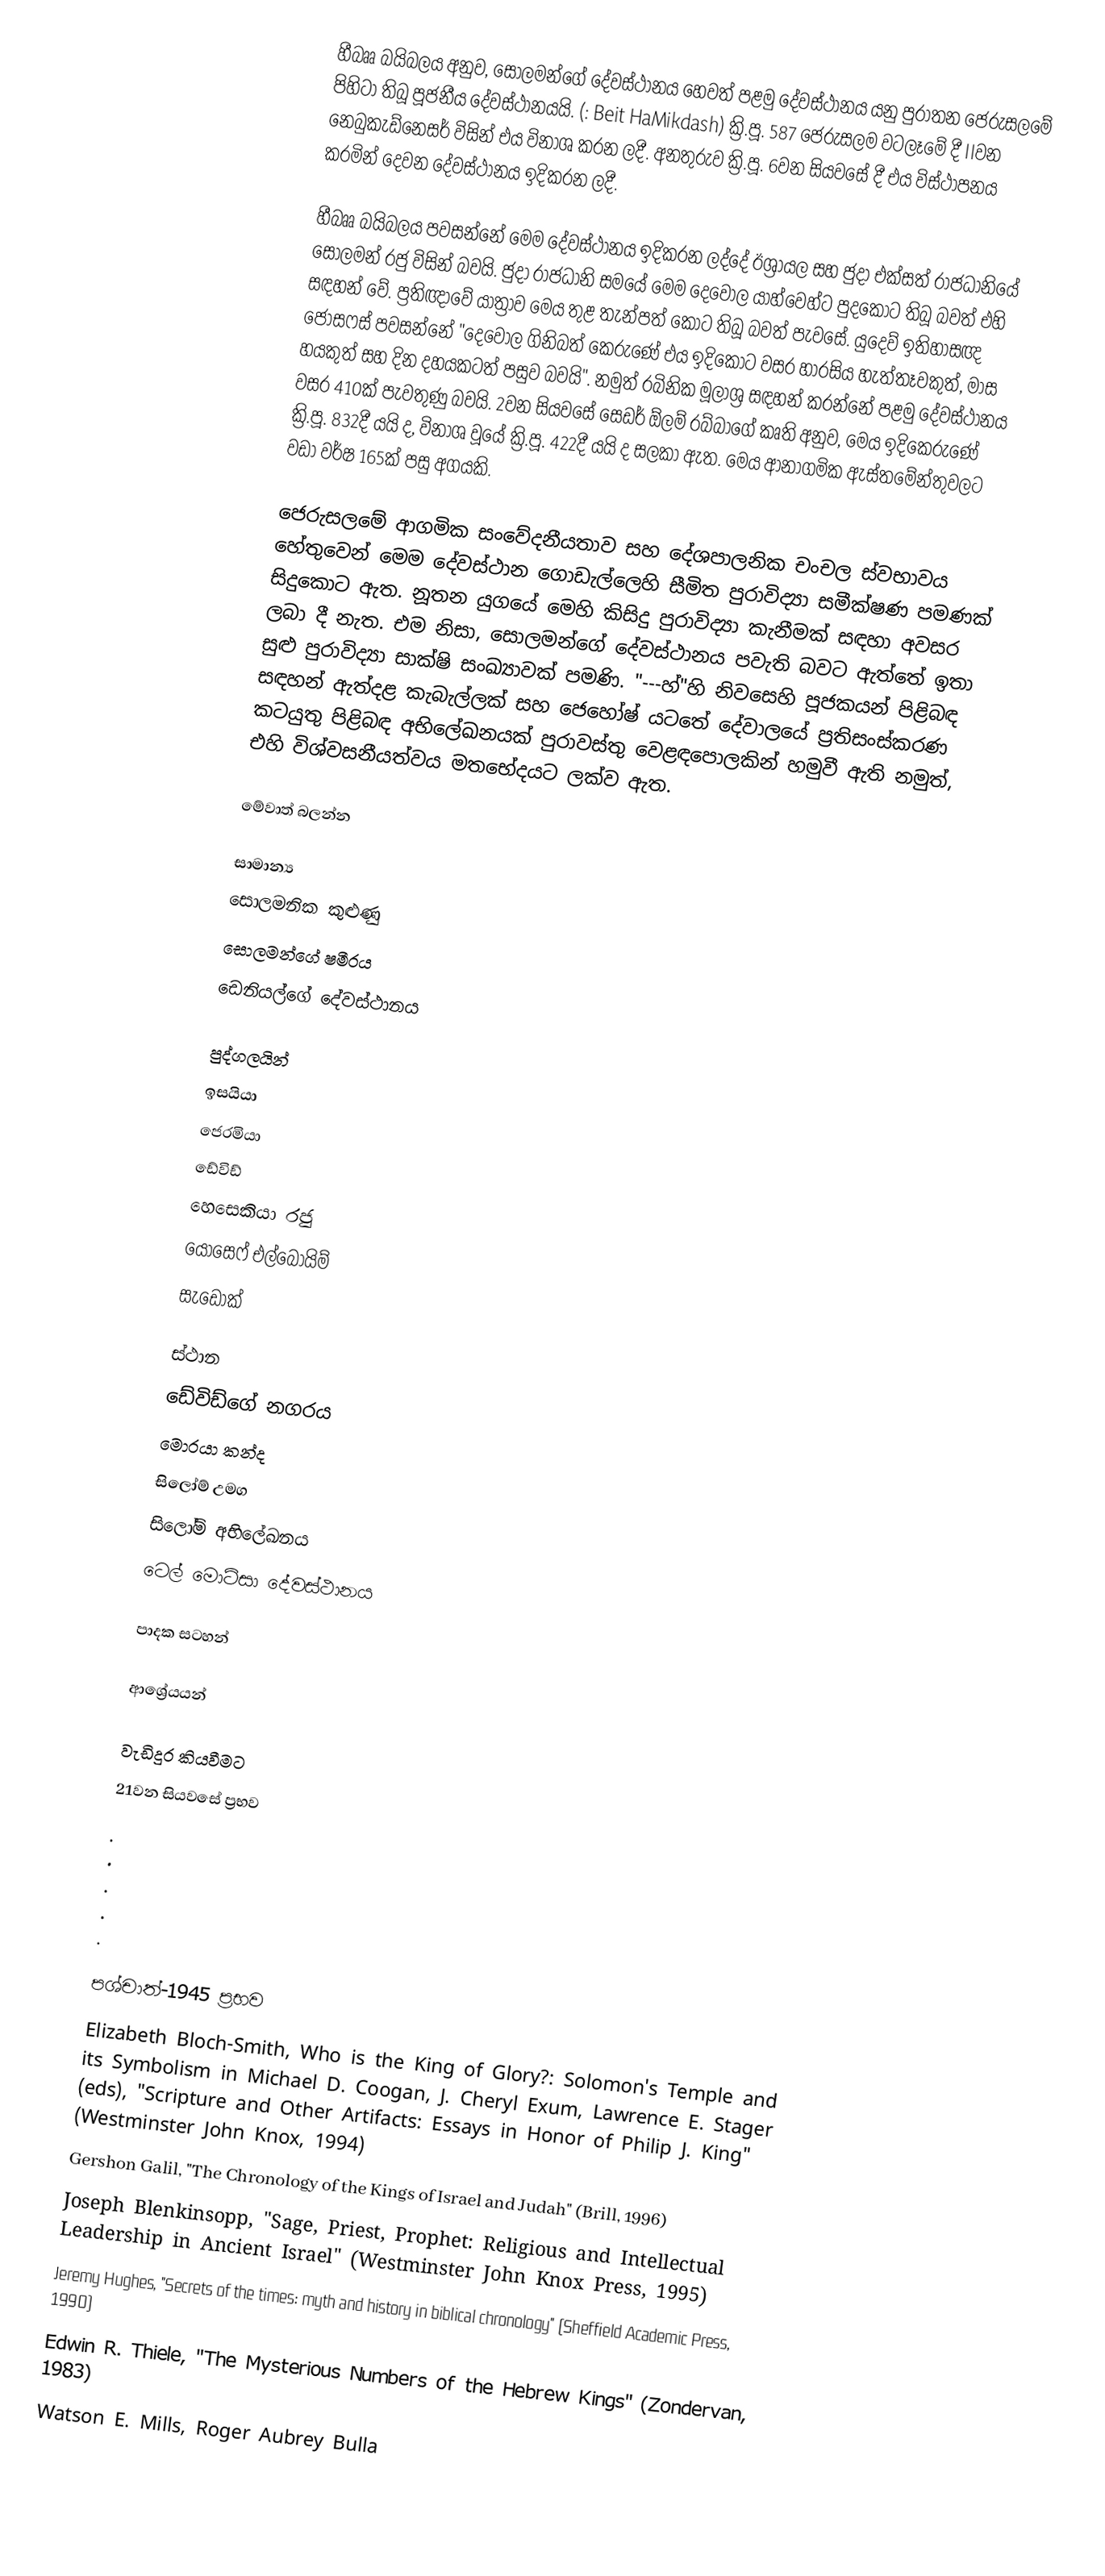
හීබෲ බයිබලය අනුව, සොලමන්ගේ දේවස්ථානය හෙවත් පළමු දේවස්ථානය යනු පුරාතන ජෙරුසලමේ පිහිටා තිබූ පූජනීය දේවස්ථානයයි. (: Beit HaMikdash) ක්‍රි.පූ. 587 ජෙරුසලම වටලෑමේ දී IIවන නෙබුකැඩ්නෙසර් විසින් එය විනාශ කරන ලදී. අනතුරුව ක්‍රි.පූ. 6වන සියවසේ දී එය විස්ථාපනය කරමින් දෙවන දේවස්ථානය ඉදිකරන ලදී.

හීබෲ බයිබලය පවසන්නේ මෙම දේවස්ථානය ඉදිකරන ලද්දේ ඊශ්‍රායල සහ ජුදා එක්සත් රාජධානියේ සොලමන් රජු විසින් බවයි. ජුදා රාජධානි සම‍යේ මෙම දෙවොල යාහ්වෙහ්ට පුදකොට තිබූ බවත් එහි සඳහන් වේ. ප්‍රතිඥාවේ යාත්‍රාව ‍‍මෙය තුළ තැන්පත් ‍කොට තිබූ බවත් පැව‍සේ. යු‍‍දෙව් ඉතිහාසඥ ජොසෆස් පවසන්නේ "දෙවොල ගිනිබත් කෙරුණේ එය ඉදිකොට වසර හාරසිය හැත්තෑවකුත්, මාස හයකුත් සහ දින දහයකටත් පසුව බවයි". නමුත් රබිනික මූලාශ්‍ර සඳහන් කරන්නේ පළමු දේවස්ථානය වසර 410ක් පැවතුණු බවයි. 2වන සියවසේ සෙඩර් ඕලම් රබ්බාගේ කෘති අනුව, මෙය ඉදිකෙරුණේ ක්‍රි.පූ. 832දී යයි ද, විනාශ වූයේ ක්‍රි.පූ. 422දී යයි ද සලකා ඇත. මෙය ආනාගමික ඇස්තමේන්තුවලට වඩා වර්ෂ 165ක් පසු අගයකි.

ජෙරුසලමේ ආගමික සංවේදනීයතාව සහ දේශපාලනික චංචල ස්වභාවය හේතුවෙන් මෙම දේවස්ථාන ගොඩැල්ලෙහි සීමිත පුරාවිද්‍යා සමීක්ෂණ පමණක් සිදුකොට ඇත. නූතන යුගයේ මෙහි කිසිදු පුරාවිද්‍යා කැනීමක් සඳහා අවසර ලබා දී නැත. එම නිසා, සොලමන්ගේ දේවස්ථානය පවැති බවට ඇත්තේ ඉතා සුළු පුරාවිද්‍යා සාක්ෂි සංඛ්‍යාවක් පමණි. "---හ්"හි නිවසෙහි පූජකයන් පිළිබඳ සඳහන් ඇත්දළ කැබැල්ලක් සහ ජෙහෝෂ් යටතේ දේවාලයේ ප්‍රතිසංස්කරණ කටයුතු පිළිබඳ අභිලේඛනයක් පුරාවස්තු වෙළඳපොලකින් හමුවී ඇති නමුත්, එහි විශ්වසනීයත්වය මතභේදයට ලක්ව ඇත.

මේවාත් බලන්න

සාමාන්‍ය
 සොලමනික කුළුණු
 සොලමන්ගේ ෂමීරය
 ඩෙනියල්ගේ දේවස්ථානය

පුද්ගලයින්
 ඉසයියා
 ජෙරමියා
 ඩේවිඩ්
 හෙසෙකියා රජු
 යොසෙෆ් එල්බොයිම්
 සැඩොක්

ස්ථාන
 ඩේවිඩ්ගේ නගරය
 මොරයා කන්ද
 සිලෝම් උමග
 සිලෝම් අභිලේඛනය
 ටෙල් මොට්සා දේවස්ථානය

පාදක සටහන්

ආශ්‍රේයයන්

වැඩිදුර කියවීමට
21වන සියවසේ ප්‍රභව
 .
 .
 .
 .
 .

පශ්චාත්-1945 ප්‍රභව
 Elizabeth Bloch-Smith, Who is the King of Glory?: Solomon's Temple and its Symbolism in Michael D. Coogan, J. Cheryl Exum, Lawrence E. Stager (eds), "Scripture and Other Artifacts: Essays in Honor of Philip J. King" (Westminster John Knox, 1994)
 Gershon Galil, "The Chronology of the Kings of Israel and Judah" (Brill, 1996)
 Joseph Blenkinsopp, "Sage, Priest, Prophet: Religious and Intellectual Leadership in Ancient Israel" (Westminster John Knox Press, 1995)
 Jeremy Hughes, "Secrets of the times: myth and history in biblical chronology" (Sheffield Academic Press, 1990)
 Edwin R. Thiele, "The Mysterious Numbers of the Hebrew Kings" (Zondervan, 1983)
 Watson E. Mills, Roger Aubrey Bulla